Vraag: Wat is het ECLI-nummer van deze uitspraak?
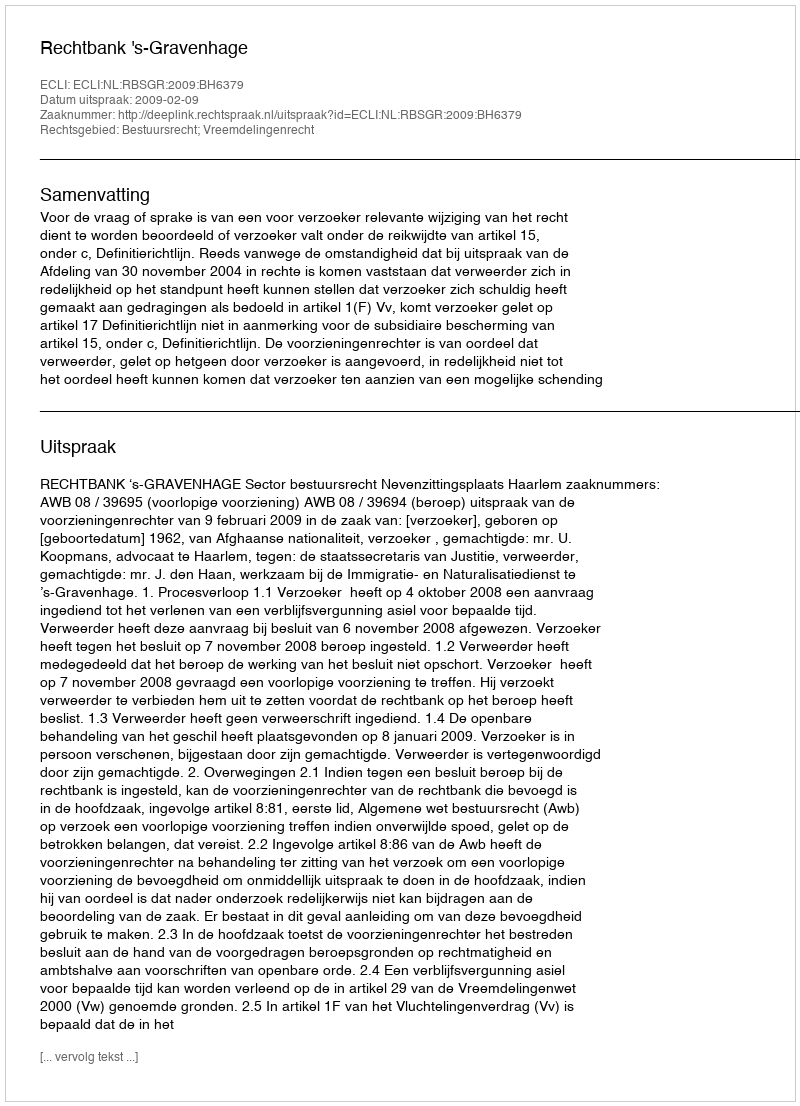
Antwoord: ECLI:NL:RBSGR:2009:BH6379